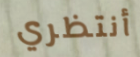
أنتظري